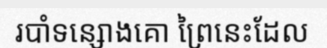
របាំទន្សោងគោ ព្រៃនេះដែល